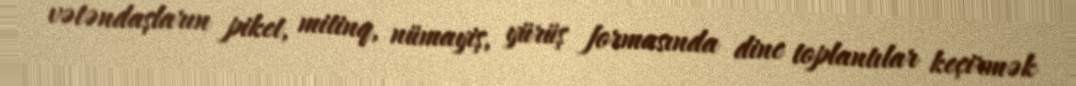
vətəndaşların piket, mitinq, nümayiş, yürüş formasında dinc toplantılar keçirmək